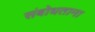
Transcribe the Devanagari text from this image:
संबोधताना